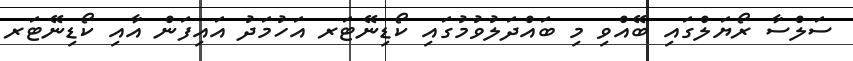
ސަލްސާ ރޯޔަލްގައި ބޭއްވި މި ބައްދަލުވުމުގައި ކޯޑިނޭޓަރ އަހުމަދު އައިފަން އާއި ކޯޑިނޭޓަރ